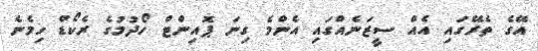
އޭގެ ތެރޭގައި އެއް ސީޒަނެއްގައި އެންމެ ގިނަ ޕޮއިންޓް ހޯދުމުގެ ރެކޯޑް ހިމެނެ